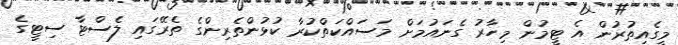
މީގެއިތުރުން އެ ޓީމުން މިހާރު ގެނައުމަށް މަސައްކަތްކުރާ ކުޅުންތެރިންގެ ތެރޭގައި ލެސްޓާ ސިޓީގެ